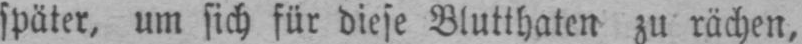
später, um sich für diese Blutthaten zu rächen,